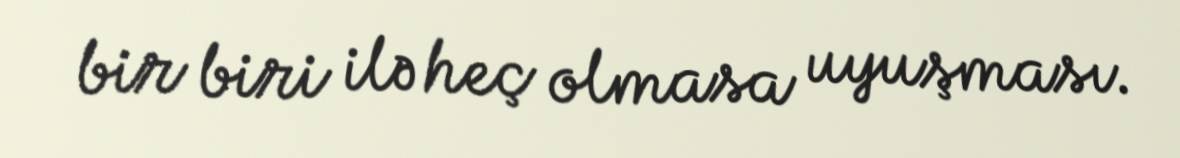
bir biri ilə heç olmasa uyuşması.